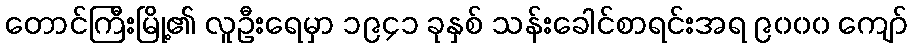
တောင်ကြီးမြို့၏ လူဦးရေမှာ ၁၉၄၁ ခုနှစ် သန်းခေါင်စာရင်းအရ ၉၀၀၀ ကျော်